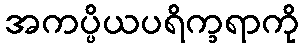
အကပ္ပိယပရိက္ခရာကို